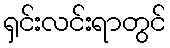
ရှင်းလင်းရာတွင်